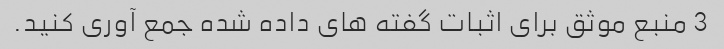
3 منبع موثق برای اثبات گفته های داده شده جمع آوری کنید.